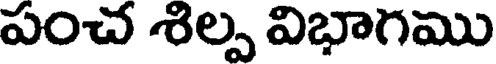
పంచ శిల్ప విభాగము